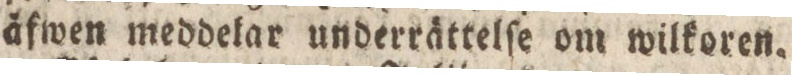
äfwen meddelar underrättelſe om wilkoren.